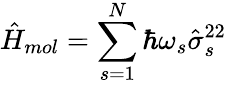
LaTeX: \hat{H}_{mol}=\sum_{s=1}^{N}\hbar\omega_{s}\hat{\sigma}_{s}^{22}